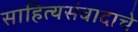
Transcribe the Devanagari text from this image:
साहित्यसंवादाचे